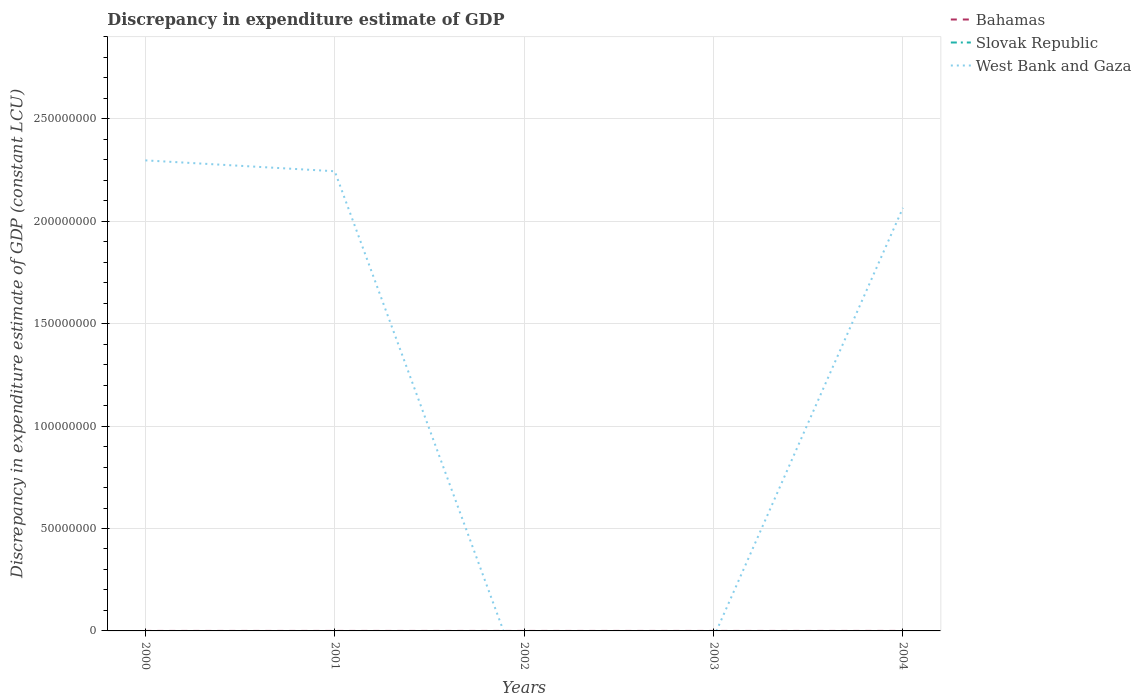
| Years | Bahamas | Slovak Republic | West Bank and Gaza |
 | --- | --- | --- | --- |
 | 2000 | -1e+03 | -8.86e+08 | 2.3e+08 |
 | 2001 | -1e+03 | -9.55e+08 | 2.24e+08 |
 | 2002 | -3e+03 | -9.79e+08 | -2.75e+07 |
 | 2003 | -2e+03 | -7.41e+08 | -3.18e+06 |
 | 2004 | 5e+03 | -4e+08 | 2.07e+08 |